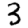
Digit: 3